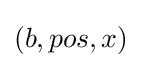
(b,pos,x)